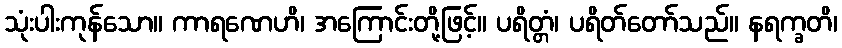
သုံးပါးကုန်သော။ ကာရဏေဟိ၊ အကြောင်းတို့ဖြင့်။ ပရိတ္တံ၊ ပရိတ်တော်သည်။ နရက္ခတိ၊